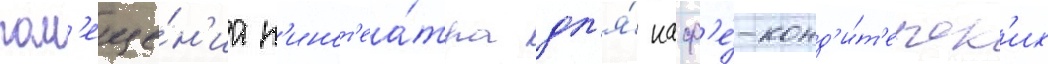
пом'еще́н'иа к'инот'еа́тра дл'я́ каф'е́-конд'и́т'ерск'их